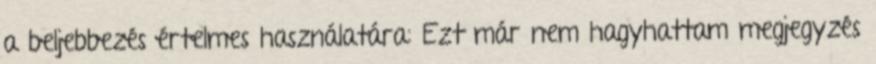
a beljebbezés értelmes használatára: Ezt már nem hagyhattam megjegyzés